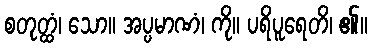
စတုတ္ထံ၊ သော။ အပ္ပမာဏံ၊ ကို။ ပရိပူရေတိ၊ ၏။